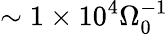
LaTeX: \sim 1\times 10^{4}\Omega_{0}^{-1}